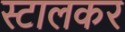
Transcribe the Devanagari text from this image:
स्टालकर